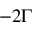
- 2 \Gamma